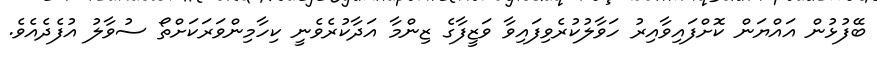
ބޭފުޅުން އައްޔަން ކޮށްފައިވާއިރު ހަވާލުކުރެވިފައިވާ ވަޒީފާގެ ޒިންމާ އަދާކުރެވެނީ ކިހާމިންވަރަކަށްތޯ ސުވާލު އުފެދެއެވެ.